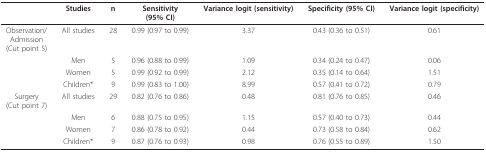
|  | Studies | n | Sensitivity(95% CI) | Variance logit (sensitivity) | Specificity (95% CI) | Variance logit (specificity) |
 | --- | --- | --- | --- | --- | --- | --- |
 | Observation/Admission(Cut point 5) | All studies | 28 | 0.99 (0.97 to 0.99) | 3.37 | 0.43 (0.36 to 0.51) | 0.61 |
 |  | Men | 5 | 0.96 (0.88 to 0.99) | 1.09 | 0.34 (0.24 to 0.47) | 0.06 |
 |  | Women | 5 | 0.99 (0.92 to 0.99) | 2.12 | 0.35 (0.14 to 0.64) | 1.51 |
 |  | Children* | 9 | 0.99 (0.83 to 1.00) | 8.99 | 0.57 (0.41 to 0.72) | 0.79 |
 | Surgery(Cut point 7) | All studies | 29 | 0.82 (0.76 to 0.86) | 0.48 | 0.81 (0.76 to 0.85) | 0.46 |
 |  | Men | 6 | 0.88 (0.75 to 0.95) | 1.15 | 0.57 (0.40 to 0.73) | 0.44 |
 |  | Women | 7 | 0.86 (0.78 to 0.92) | 0.44 | 0.73 (0.58 to 0.84) | 0.62 |
 |  | Children* | 9 | 0.87 (0.76 to 0.93) | 0.98 | 0.76 (0.55 to 0.89) | 1.50 |